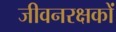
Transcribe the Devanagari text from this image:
जीवनरक्षकों